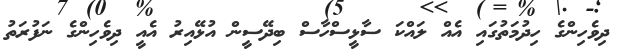
ދިވެހިންގެ ހިދުމަތުގައި އެއް ލައްކަ ސާޅީސްހާސް ބިދޭސީން އުޅޭއިރު އެއީ ދިވެހިންގެ ނަފުރަތު